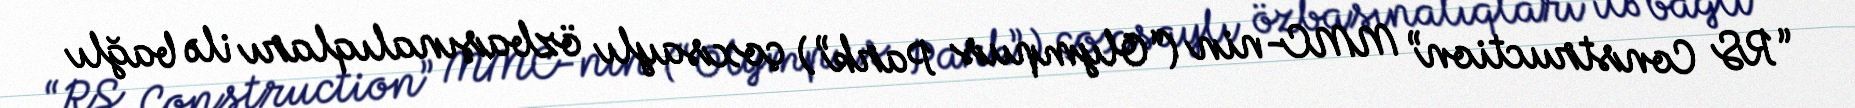
“RS Construction” MMC-nin (“Olympus Park”) çoxsaylı özbaşınalıqları ilə bağlı